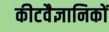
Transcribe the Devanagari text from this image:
कीटवैज्ञानिकों